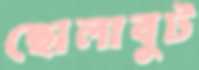
ছোলাবুট